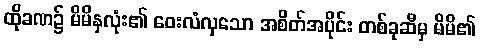
ထိုခဏ၌ မိမိနှလုံး၏ ဝေးလံလှသော အစိတ်အပိုင်း တစ်ခုဆီမှ မိမိ၏